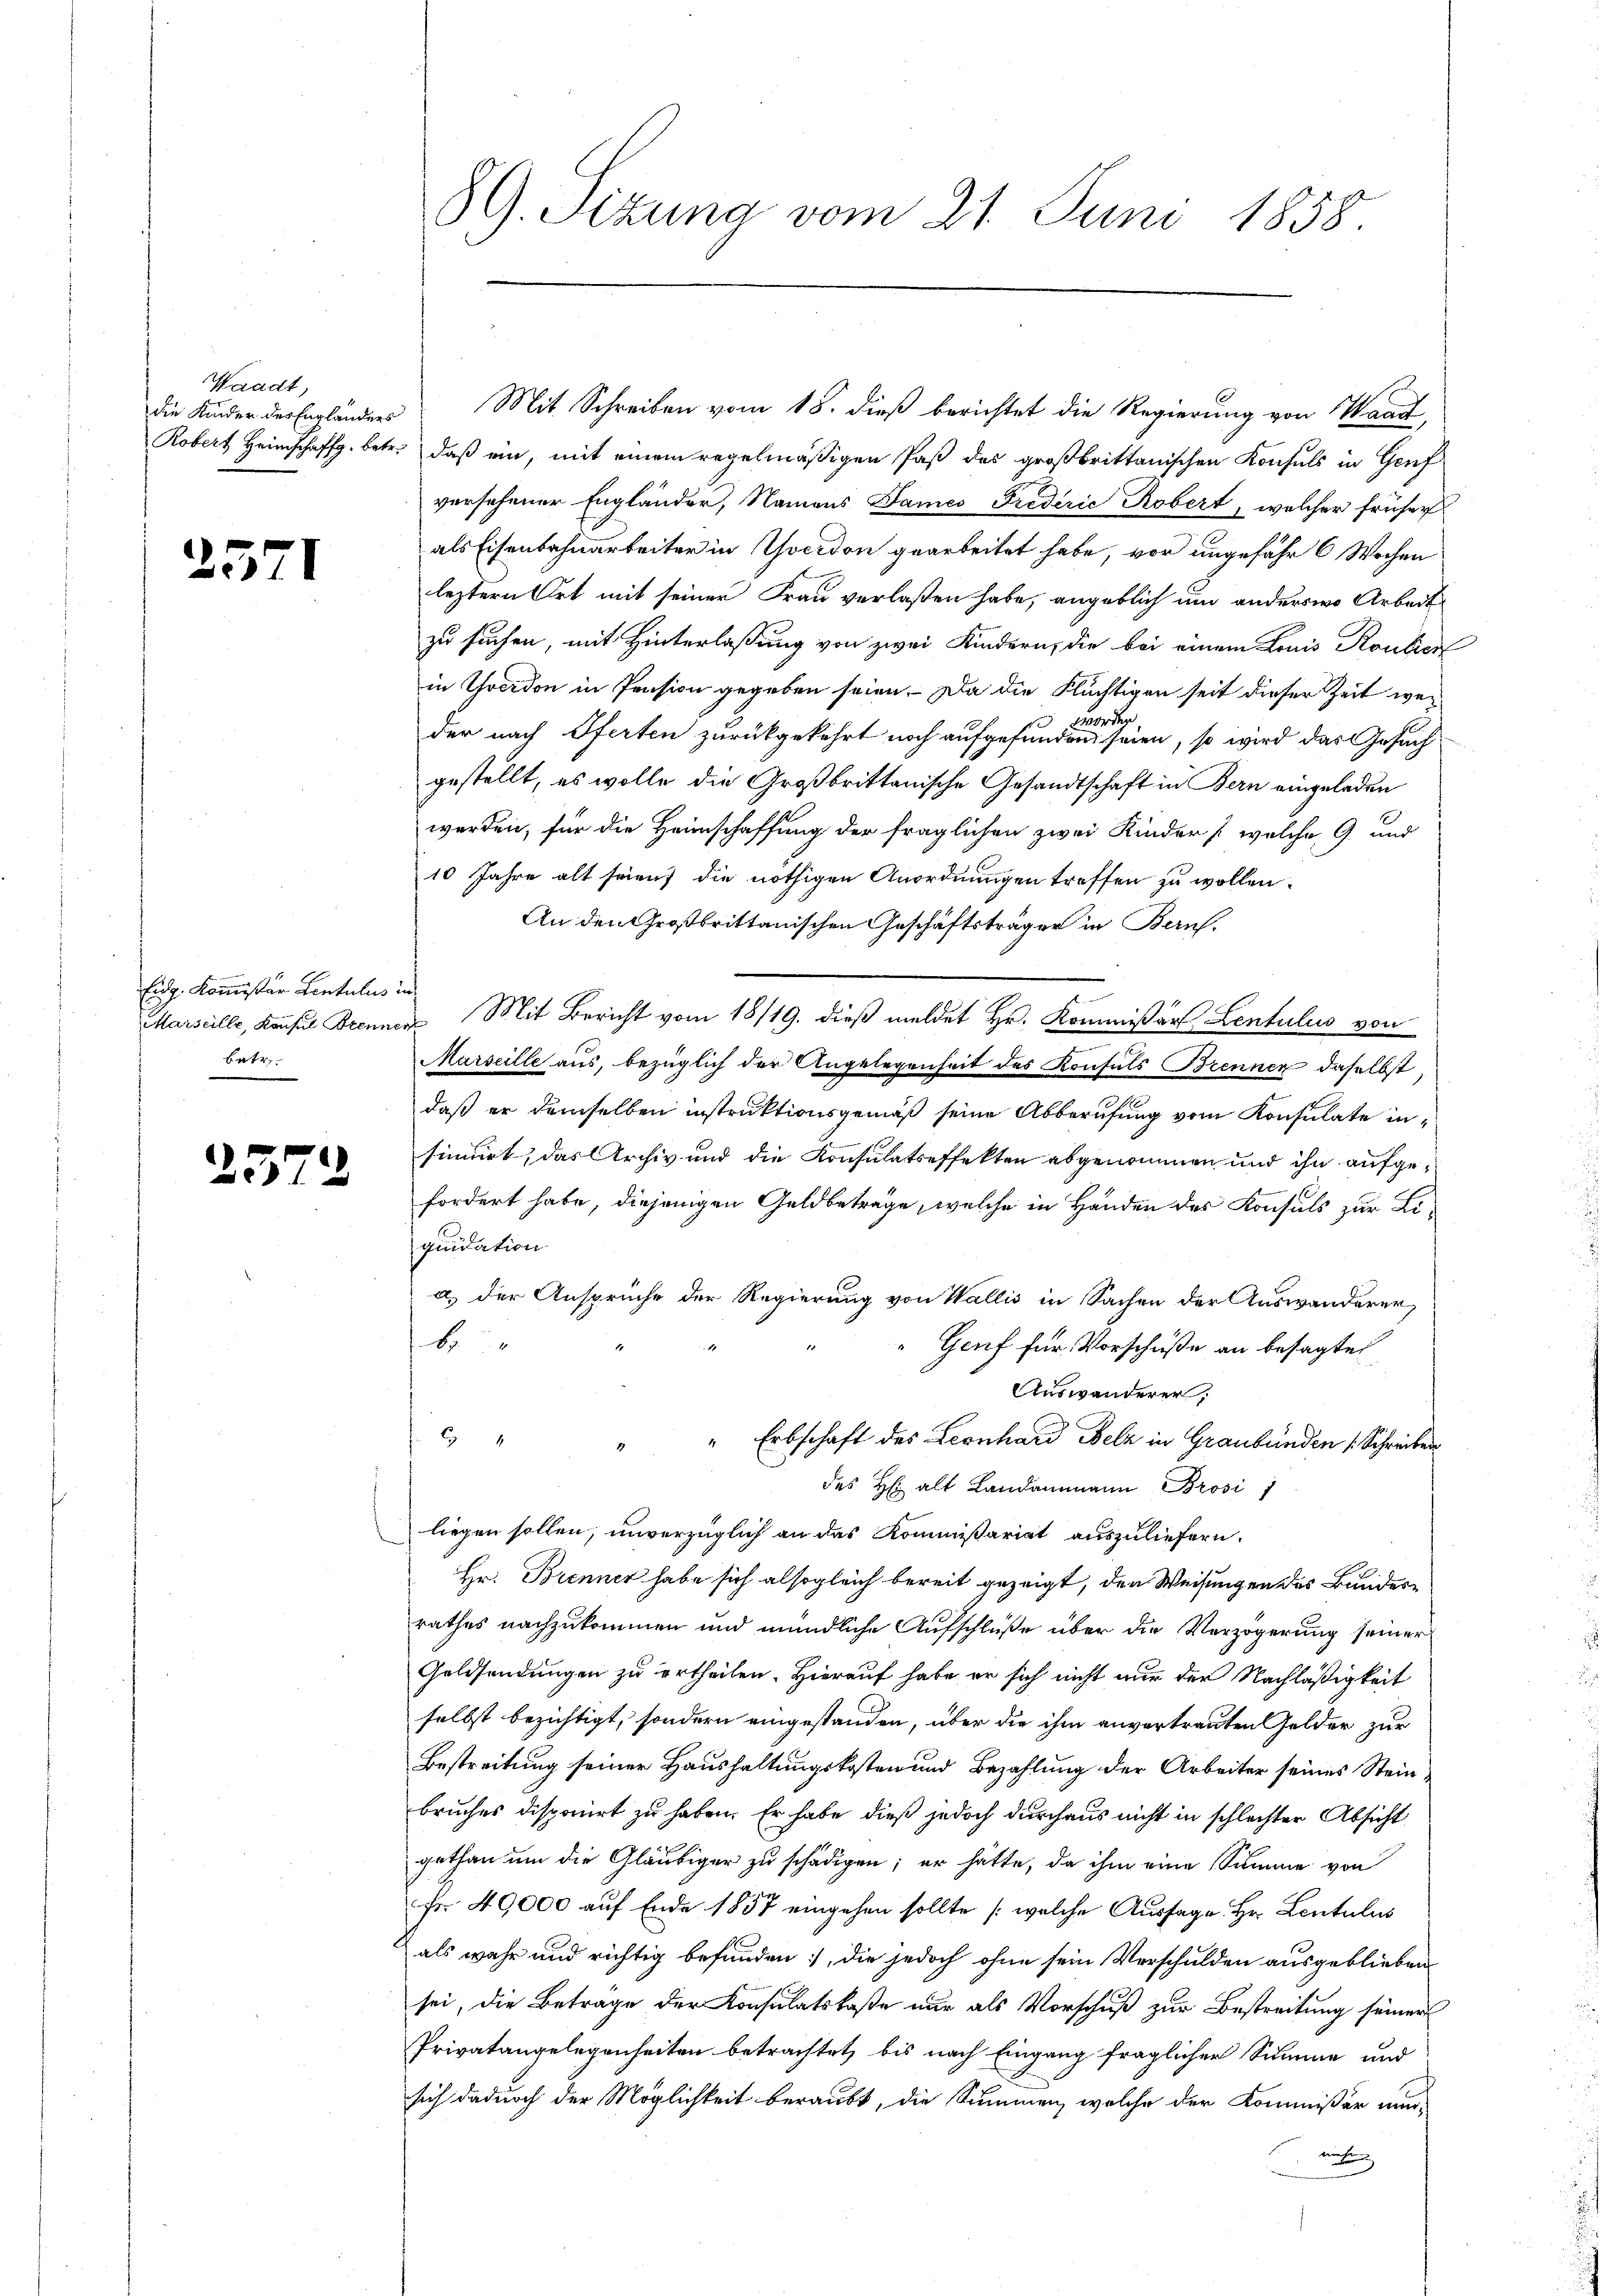
Waadt,
die Kinder des Engländers

255

1

Eidg. Kommissär Contulis in
Betr

2572

Mit Schreiben vom 18. dieß berichtet die Regierung von Waadt,
Robert Heimschaffg. betr. daß ein, mit einem regelmäßigen Paß des großbrittanischen Konsuls in Genf
versehener Engländer, Namens Dames Frederie Robert, welcher früher
als Eisenbahnarbeiter in Yverdon gearbeitet habe, vor ungefähr 6 Wochen
leztern Ort mit seiner Frau verlaßen habe, angeblich um anderswo Arbeit
zu suchen, mit Hinterlassung von zwei Kindern, die bei einem Louis Routier
in Yverdon in Pension gegeben seien. Da die Flüchtigen seit dieser Zeit wer¬
 worden
der nach Pferten zurückgekehrt noch aufgefunden seien, so wird das Gesuch
gestellt, es wolle die Großbrittanische Gesandtschaft in Bern eingeladen
werden, für die Heimschaffung der fraglichen zwei Kinder [welche, 9 und
10 Jahre alt seien die nöthigen Anordnungen treffen zu wollen.
An den Großbrittanischen Geschäftsträger in Bern.
Marseille, Kaufel Brenner Mit Bericht vom 18/19. dieß meldet Hr. Kommissär Lentulus von
Marseille aus, bezüglich der Angelegenheit des Konsuls Brennen daselbst,
e
daß er demselben instruktionsgemäß seine Abberufung vom Konsulate insinirt, das Archiv und die Konsulatseffekten abgenommen und ihn aufgefordert habe, diejenigen Geldbeträge, welche in Handen des Konsuls zur Liquidation
a) der Ansprüche der Regierung von Wallis in Sachen der Auswanderer,
B
Genf für Vorschüße an besagte
Auswanderer,
4
" " Erbschaft des Leonhard Belz in Graubünden 1 Schreiben
des H. alt Landammann Brosi
liegen sollen, unverzüglich an das Kommißariat auszuliefern.
Hr. Brenner habe sich alsogleich bereit gezeigt, den Weisungen des Bundesrathes nachzukommen und mündliche Aufschlüße über die Verzögerung seiner
Geldsendungen zu ertheilen. Hierauf habe er sich nicht nur der Nachläßigkeit
selbst bezichtigt, sondern eingestanden, über die ihm anvertrauten Gelder zur
Bestreitung seiner Haushaltungskosten und Bezahlung der Arbeiter seines Steinbruches disponirt zu haben. Er habe dieß jedoch durchaus nicht in schlechter Absicht
gethan um die Gläubiger zu schädigen; er hätte, da ihm eine Summe von
Fr. 49000 auf Ende 1857 eingehen sollte (welche Aussage Hr. Lentulus
als wahr und richtig befunden, die jedoch ohne sein Verschulden ausgeblieben
sei, die Beträge der Konsulatskaße nur als Vorschuß zur Bestreitung seiner
Privatangelegenheiten betrachtet, bis nach Eingang fraglicher Summe und
sich dadurch der Möglichkeit beraubt, die Summen, welche der Kommißär wur-
miehung

89. Sizung vom 21. Juni 1858.